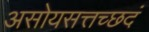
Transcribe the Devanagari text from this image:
असोयसत्तच्छदं